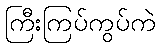
ကြီးကြပ်ကွပ်ကဲ